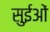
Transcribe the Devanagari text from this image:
सुईओं